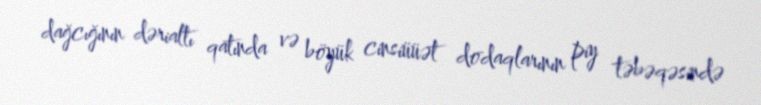
dağcığının dərialtı qatında və böyük cinsiüüət dodaqlarının piy təbəqəsində